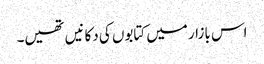
اس بازار میں کتابوں کی دکانیں تھیں۔